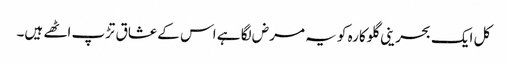
کل ایک بحرینی گلوکارہ کو یہ مرض لگا ہے اس کے عشاق تڑپ اٹھے ہیں۔